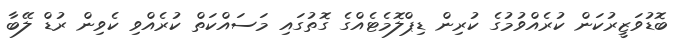
ބޮޑުވަޒީރުކަން ކުރެއްވުމުގެ ކުރިން ޑިޕްލޮމެޓެއްގެ ގޮތުގައި މަސައްކަތް ކުރެއްވި ކެވިން ރުޑް ލޭބާ